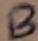
Text: B